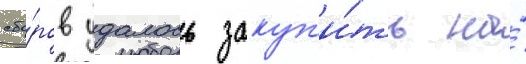
сбо́ров удалось закуп'и́ть на́